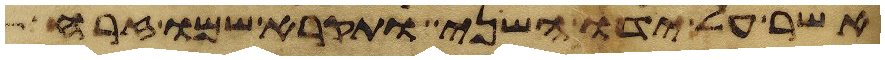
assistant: אשר על ידו השני ותקרא שמו זרח